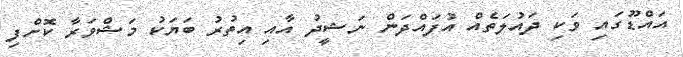
އައްޑޫގައި ވަކި ދައުލަތެއް އުފައްދަން ނަޝީދު އާއި އިތުރު ބަޔަކު މަޝްވަރާ ކޮށްފި